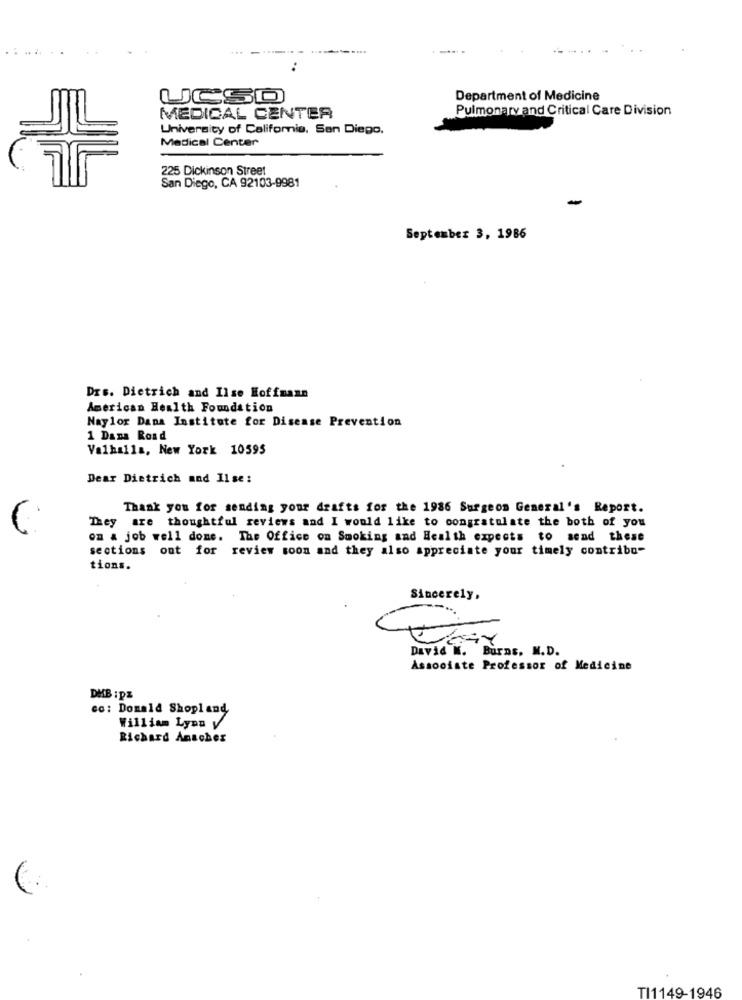
UCSD
Department of Medicine
Pulmonary and Critical Care Division
MEDICAL CENTER
University of California, San Diego.
Medical Center
225 Dickinson Street
San Diego, CA 92103-9981
-
September 3, 1986
Drs. Dietrich and Ilse Hoffmann
American Health Foundation
Naylor Dana Institute for Disease Prevention
1 Dana Road
Valhalla, New York 10595
Dear Dietrich and Il se :
Thank you for sending your drafts for the 1986 Surgeon General's Report.
They are thoughtful reviews and I would like to congratulate the both of you
on a job well done. The Office on Smoking and Health expects to send these
sections out for review soon and they also appreciate your timely contribo-
tions.
Sincerely,
David M. Burns, M.D.
Associate Professor of Medicine
DMB : pZ
co: Donald Shopland
William Lyon V
Richard Anscher
TI1149-1946